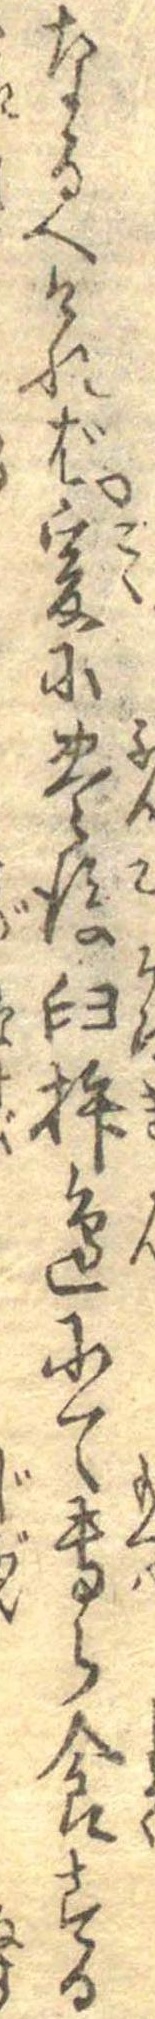
なるへければ爰に豊後臼杵辺にて専ら食する